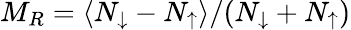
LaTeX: M_{R}=\langle N_{\downarrow}-N_{\uparrow}\rangle/(N_{\downarrow}+N_{\uparrow})